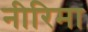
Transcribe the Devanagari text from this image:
नीरिमा